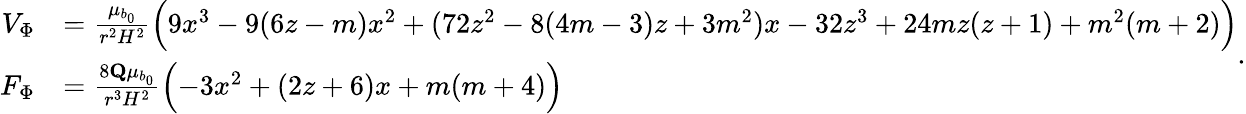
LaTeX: \begin{array}{rl}{V_{\Phi}}&{=\frac{\mu_{b_{0}}}{r^{2}H^{2}}\Bigl(9x^{3}-9(6z-m)x^{2}+(72z^{2}-8(4m-3)z+3m^{2})x-32z^{3}+24mz(z+1)+m^{2}(m+2)\Bigr)}\\ {F_{\Phi}}&{=\frac{8\mathbf{Q}\mu_{b_{0}}}{r^{3}H^{2}}\Bigl(-3x^{2}+(2z+6)x+m(m+4)\Bigr)}\end{array}.